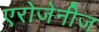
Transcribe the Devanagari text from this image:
एरोजेनीज